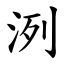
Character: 洌